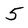
Character: 5